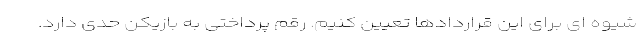
شیوه ای برای این قراردادها تعیین کنیم. رقم پرداختی به بازیکن حدی دارد.